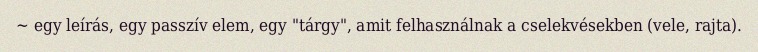
~ egy leírás, egy passzív elem, egy "tárgy", amit felhasználnak a cselekvésekben (vele, rajta).